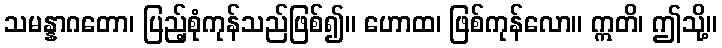
သမန္နာဂတော၊ ပြည့်စုံကုန်သည်ဖြစ်၍။ ဟောထ၊ ဖြစ်ကုန်လော။ ဣတိ၊ ဤသို့။